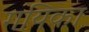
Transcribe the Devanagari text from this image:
गयिका